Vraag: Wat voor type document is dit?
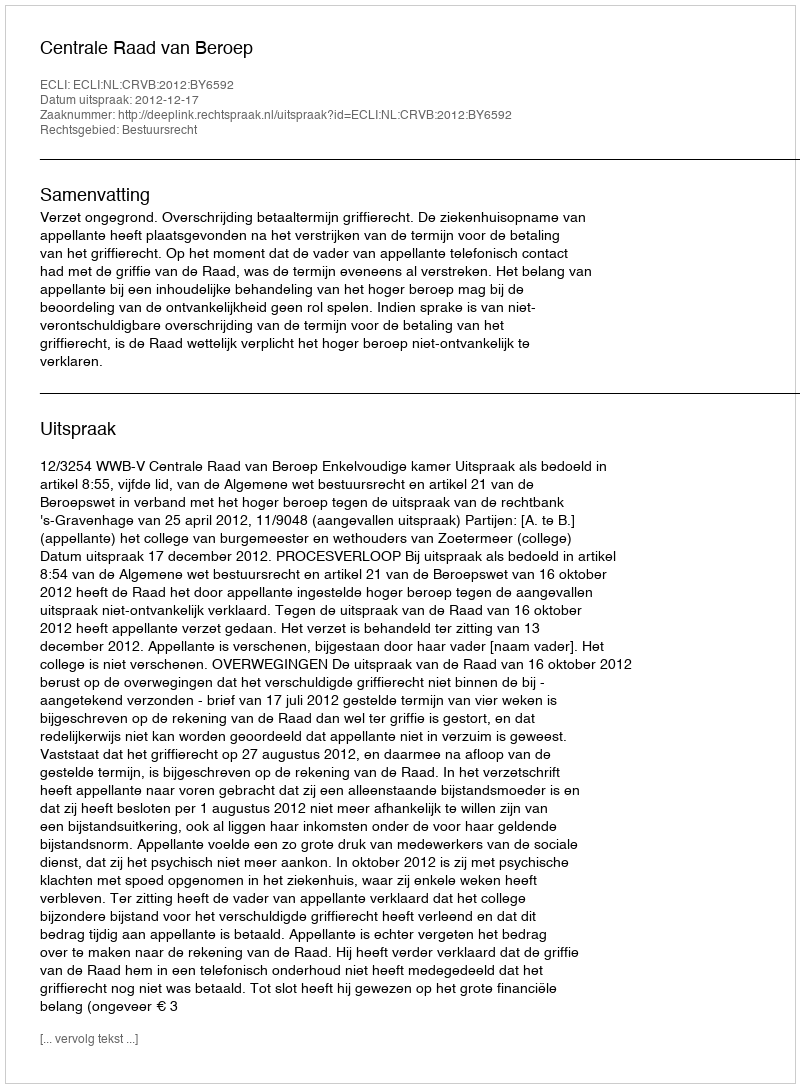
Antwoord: Uitspraak